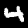
Label: 4